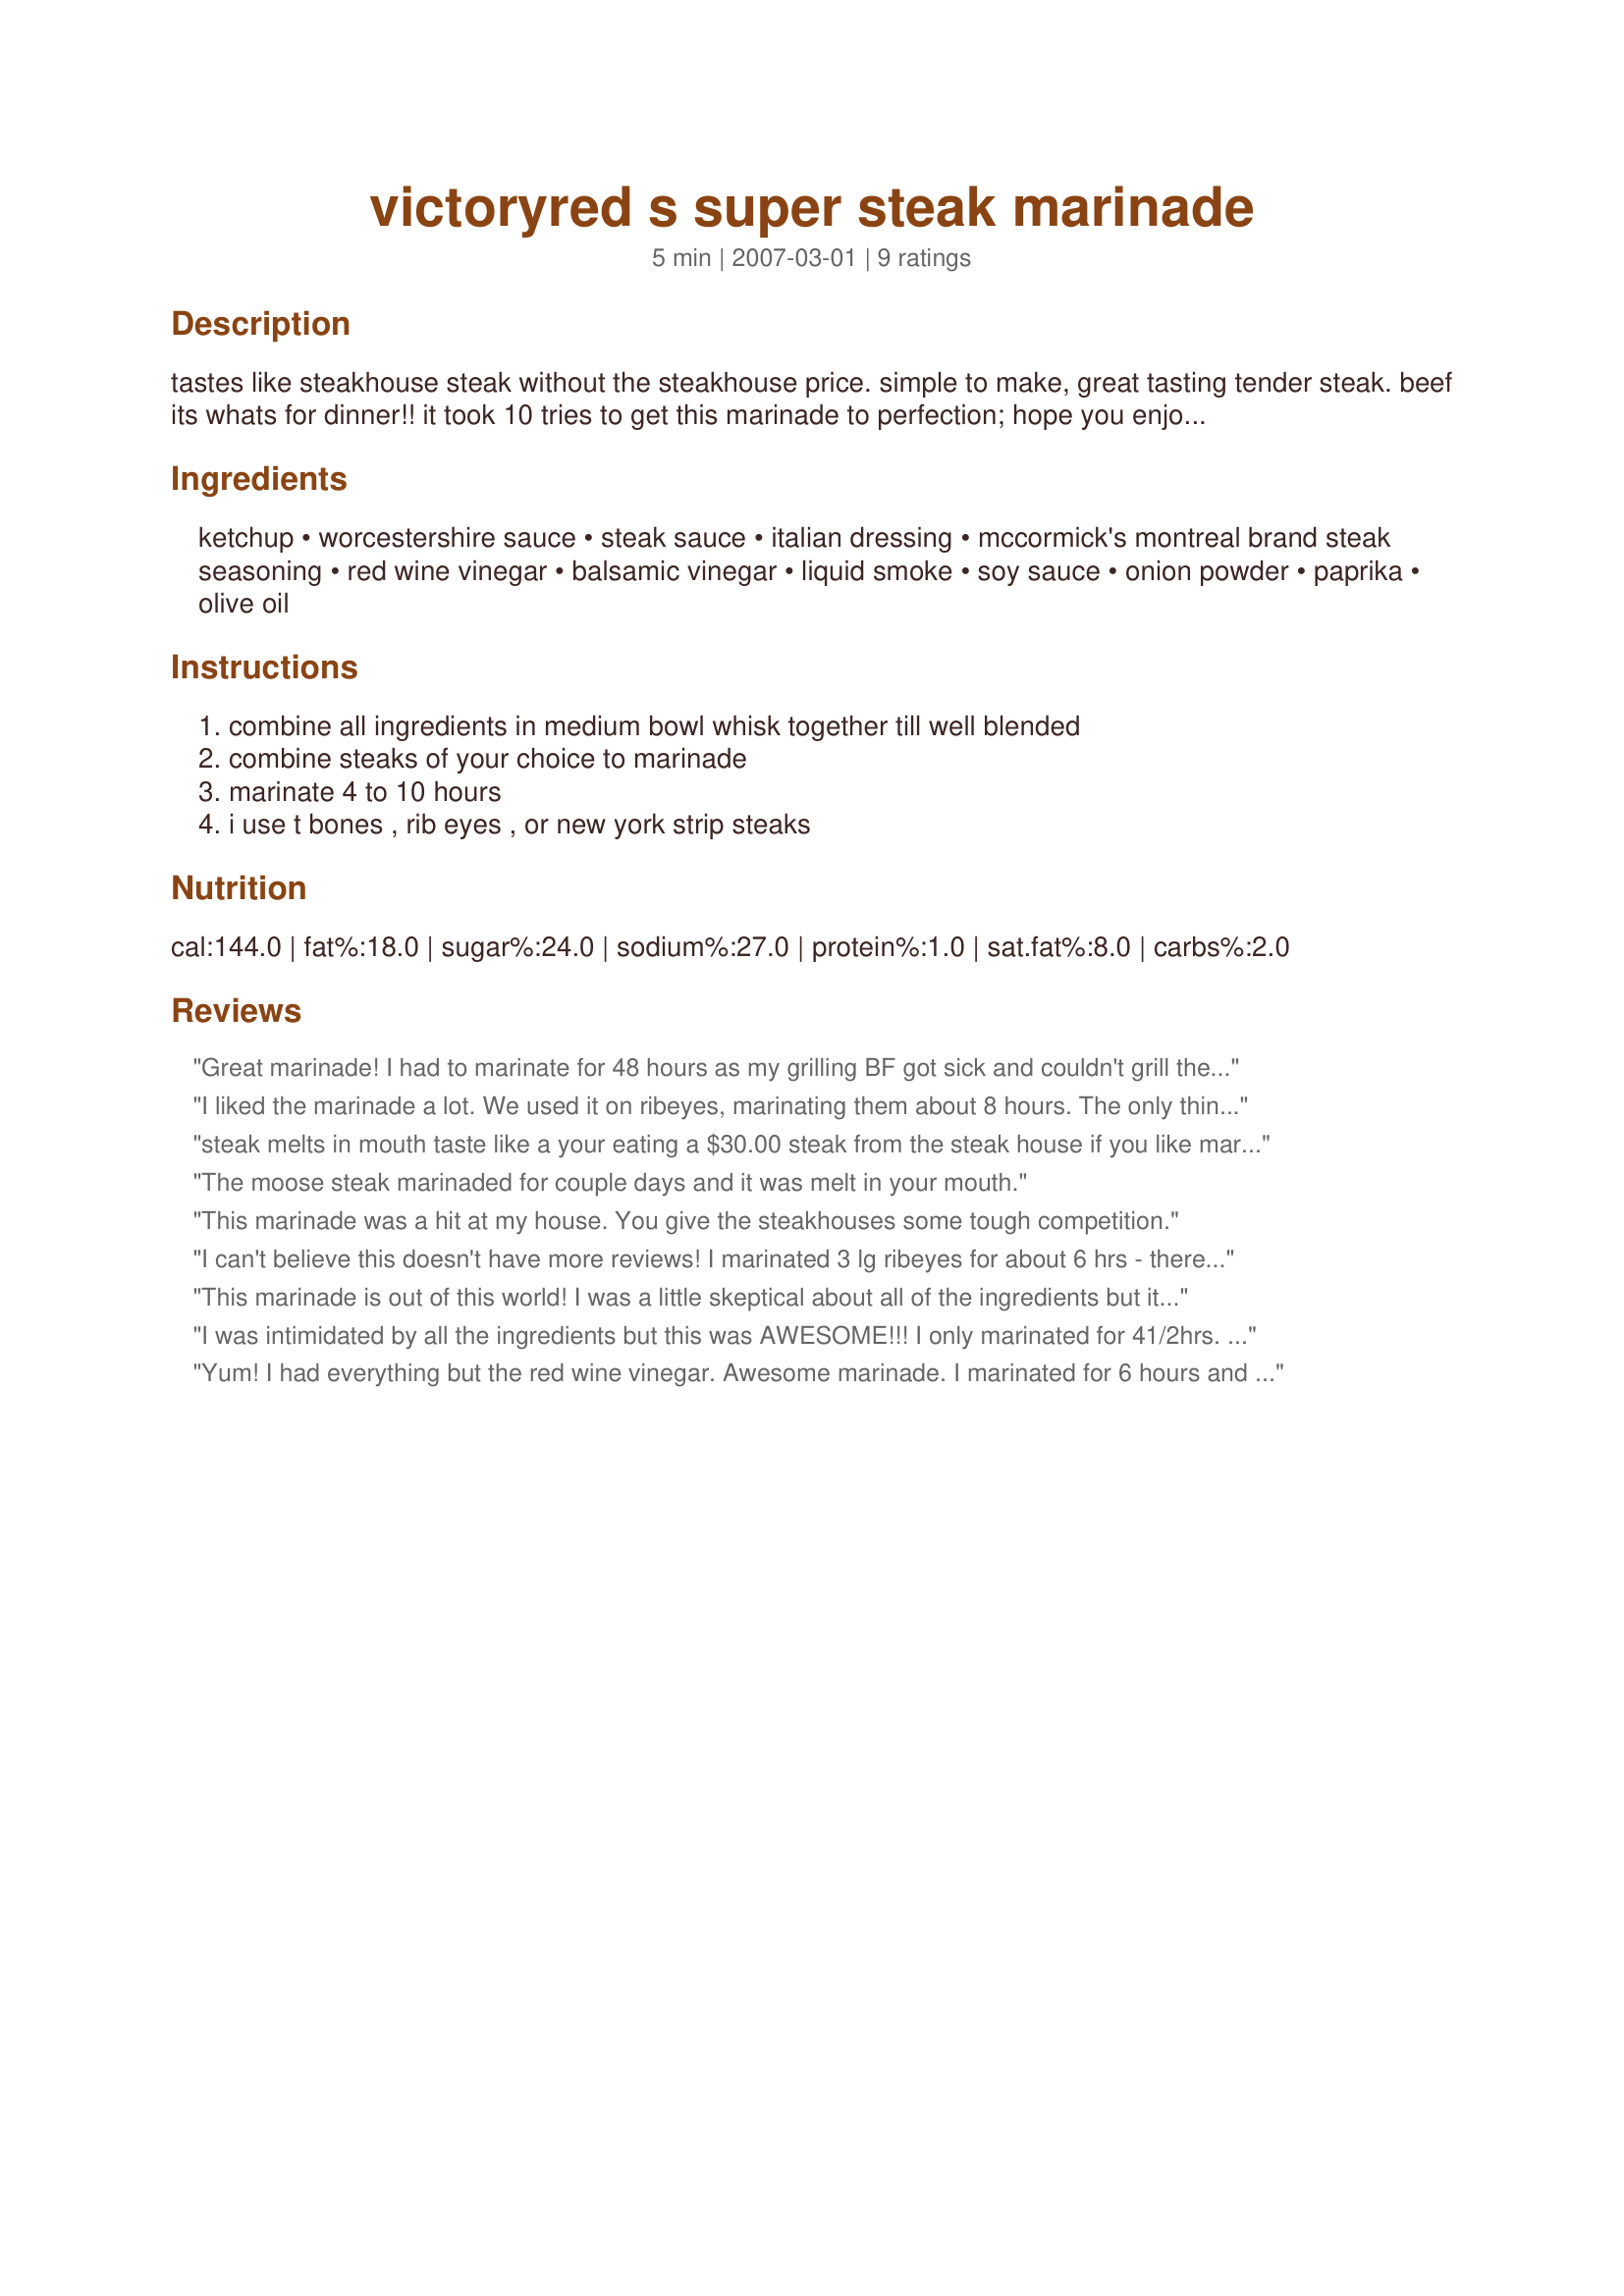
victoryred s super steak marinade
Preparation time: 5 minutes

tastes like steakhouse steak without the steakhouse price. simple to make, great tasting tender steak. beef its whats for dinner!! it took 10 tries to get this marinade to perfection; hope you enjoy victory's super steak marinade.

Ingredients:
ketchup, worcestershire sauce, steak sauce, italian dressing, mccormick's montreal brand steak seasoning, red wine vinegar, balsamic vinegar, liquid smoke, soy sauce, onion powder, paprika, olive oil

Steps:
combine all ingredients in medium bowl whisk together till well blended, combine steaks of your choice to marinade, marinate 4 to 10 hours, i use t bones , rib eyes , or new york strip steaks

Reviews:
Great marinade! I had to marinate for 48 hours as my grilling BF got sick and couldn't grill the steaks. They still turned out great. I reduced the liquid smoke as I was worried it might be too strong, but next time I will add it as the recipe calls for. Also, I added some fresh smashed garlic to the marinade. Thank you and next time I will add the full amount of liquid smoke.
I liked the marinade a lot. We used it on ribeyes, marinating them about 8 hours. The only thing I would change is maybe there was too much vinegar.......the next time I might leave off the red wine vinegar, otherwise it's terrific. Make for Zaar Chef Alphabet Soup.
steak melts in mouth taste like a your eating a $30.00 steak from the steak house if you like marinade's this one is for you.
The moose steak marinaded for couple days and it was melt in your mouth.
This marinade was a hit at my house. You give the steakhouses some tough competition.
I can't believe this doesn't have more reviews! I marinated 3 lg ribeyes for about 6 hrs - there was just enough marinade. Definitely restaurant quality. I don't usu eat beef, but this smelled sooooo good on the grill, I tried a bite and it was delicious. Between shoveling the rib-eyes in their mouths and the "MMMMMMM"s coming out of their mouths, there was almost no conversation at our table last night! We will definitely make this again and I would not hesitate to serve this to guests. Thanks for posting!
This marinade is out of this world! I was a little skeptical about all of the ingredients but it is fantastic! I had bought a package of stew meat to make kabobs and because the meat is usally a little on the tough side I marinated for about a day and a half and it was tender and delicious. Thanks for posting this awesome marinade, I don't think I will ever use another!
I was intimidated by all the ingredients but this was AWESOME!!! I only marinated for 41/2hrs. I am sure the steak would have been more tender marinated longer. We loved the flavor and can't wait to try again with longer marinating time.
Yum! I had everything but the red wine vinegar. Awesome marinade. I marinated for 6 hours and it was so tender and packed with flavor. Will make again and again. Thanks for the awesome keeper, Victoryred!!
